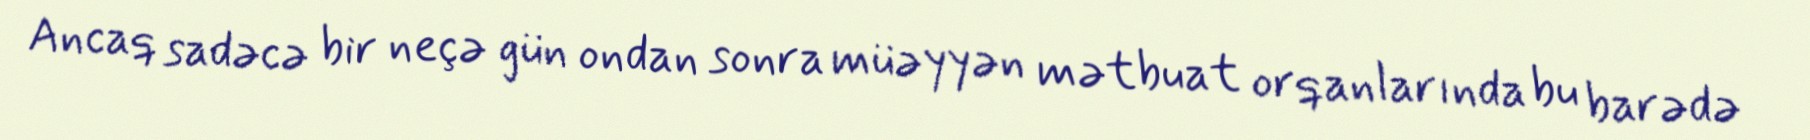
Ancaq sadəcə bir neçə gün ondan sonra müəyyən mətbuat orqanlarında bu barədə